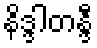
နိဒ္ဒါတန္ဒီ